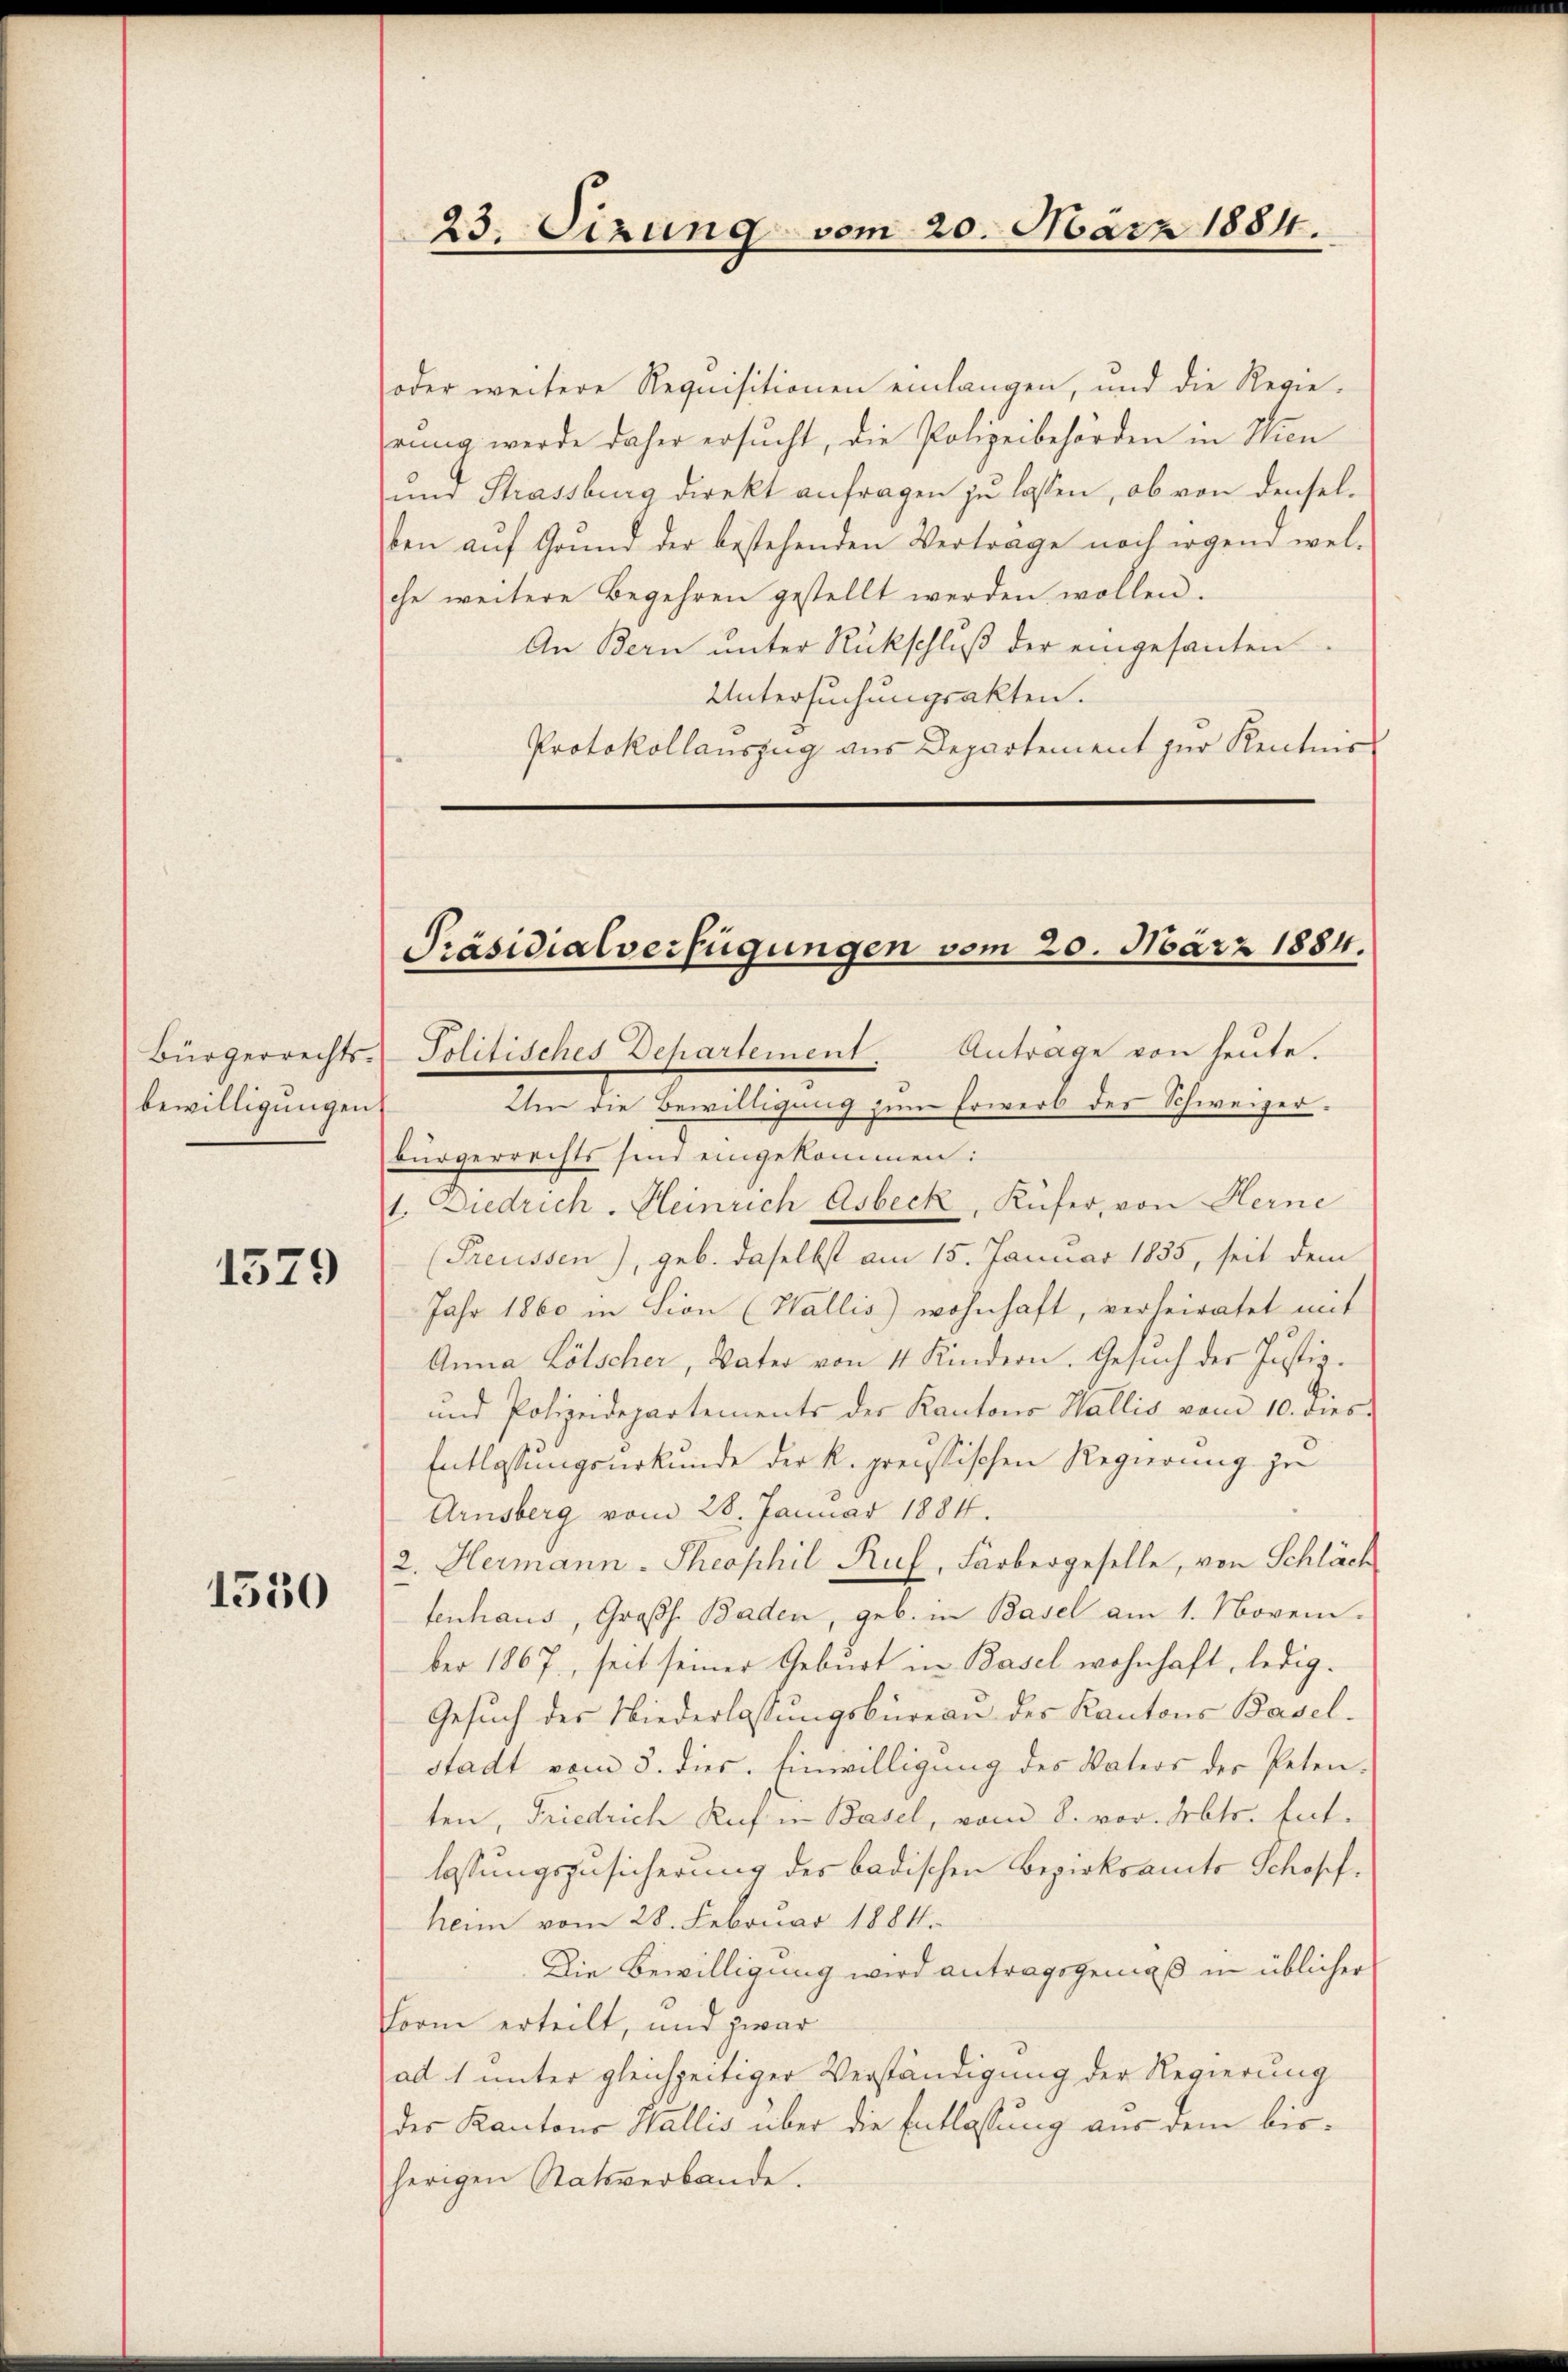
bewilligungen.

1579

1530

23. Sizung vom 20. März 1884.

oder weitere Requisitionen einlangen, und die Regieeung werde daher ersucht, die Polizeibehörden in Wien
und Strassburg direkt anfragen zu lassen, ob von denselben aŭf Grund der bestehenden Verträge noch irgend wel-
che weitere Begehren gestellt werden wollen.
An Bern ŭnter Rückschlŭβ der eingesanten.
Untersuchungsakten.
Protokollauszug aus Departement zur Kenntnis

Präsidialverfügungen vom 20. März 1884.
Bürgerrechts- Politisches Departement. Anträge von heute.

Um die Bewilligung zum Erwerb des Schweizerbürgerrechts sind eingekommen:
1. Diedrich. Heinrich Asbeck, Küfer, von Herne
(Preussen), geb. daselbst am 15. Januar 1855, seit dem
Jahr 1860 in Lion (Wallis) wohnhaft, verheiratet mit
Anna Lötscher, Vater von 4 Kindern. Gesuch der Justiz¬
und Polizeidepartements der Kantons Wallis vom 10. dies
Entlassungsurkunde der k. preussischen Regierung zu
Arnsberg vom 28. Januar 1884.
2. Hermann - Theophil Ruf, Färbergeselle, von Schläch
tenhaus, Großh. Baden, geb. in Basel am 1. Novem
ber 1867, seit seiner Geburt in Basel wohnhaft, ledig¬
Gesŭch des Niederlassŭngsbüreau des Kantons Basel-
stadt vom 8. dies. Einwilligung des Vaters der Petenten, Friedrich Ruf in Basel, vom 8. vor. Mts. Ent-
lassungszusicherung des badischen Bezirksamts Schopf.
heim vom 28. Februar 1884.
Die Bewilligung wird antragsgemäß in üblicher
Form erteilt, und zwar
ad 1 unter gleichzeitiger Verständigung der Regierung
des Kantons Wallis über die Entlassung aus dem bisherigen Statsverbande.